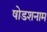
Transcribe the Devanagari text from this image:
षोडशनाम